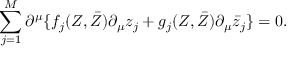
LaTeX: \sum _ { j = 1 } ^ { M } \partial ^ { \mu } \{ f _ { j } ( Z , \bar { Z } ) \partial _ { \mu } z _ { j } + g _ { j } ( Z , \bar { Z } ) \partial _ { \mu } \bar { z } _ { j } \} = 0 .